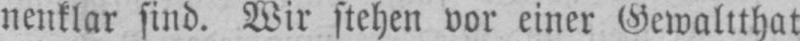
nenklar sind. Wir stehen vor einer Gewaltthat